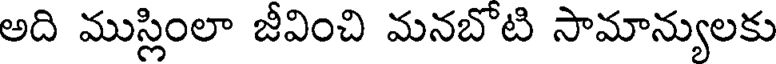
అది ముస్లింలా జీవించి మనబోటి సామాన్యులకు